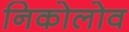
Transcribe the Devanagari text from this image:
निकोलोव